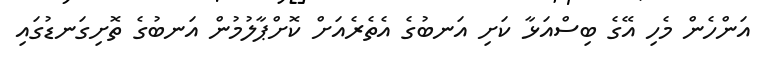
އަންހެން މެހި އޭގެ ބިސްއަޅާ ކަށި އަނބުގެ އެތެރެއަށް ކޮށްޕާލުމުން އަނބުގެ ތޮށިގަނޑުގައި